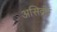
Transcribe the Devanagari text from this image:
असिद्रंष्ट